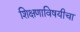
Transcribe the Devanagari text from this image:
शिक्षणाविषयीचा